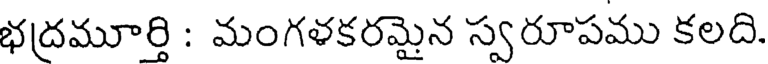
భద్రమూర్తి : మంగళకరమైన స్వరూపము కలది.